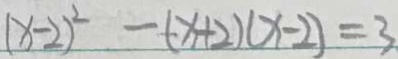
( x - 2 ) ^ { 2 } - ( x + 2 ) ( x - 2 ) = 3